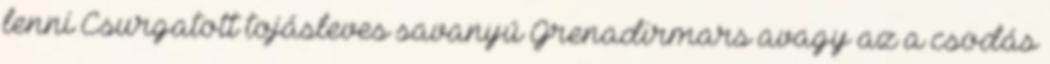
lenni Csurgatott tojásleves savanyú Grenadirmars avagy az a csodás